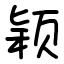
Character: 颖